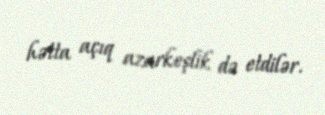
hətta açıq azarkeşlik də etdilər.